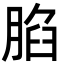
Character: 䐄